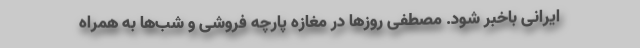
ایرانی باخبر شود. مصطفی روزها در مغازه پارچه فروشی و شب‌ها به همراه